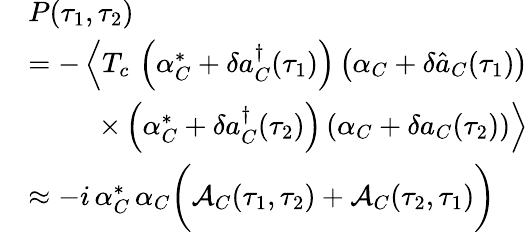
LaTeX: \begin{array}{rl}&{P(\tau_{1},\tau_{2})}\\ &{=-\left\langle T_{c}\, \left(\alpha_{C}^{*}+\delta a_{C}^{\dagger}(\tau_{1})\right)\left(\alpha_{C}+\delta\hat{a}_{C}(\tau_{1})\right)\right.}\\ &{\qquad\, \, \, \left.\times\left(\alpha_{C}^{*}+\delta a_{C}^{\dagger}(\tau_{2})\right)\left(\alpha_{C}+\delta a_{C}(\tau_{2})\right)\right\rangle}\\ &{\approx-i\, \alpha_{C}^{*}\, \alpha_{C}\bigg(\mathcal{A}_{C}(\tau_{1},\tau_{2})+\mathcal{A}_{C}(\tau_{2},\tau_{1})\bigg)}\end{array}